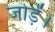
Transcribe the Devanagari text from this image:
जोड़ें।